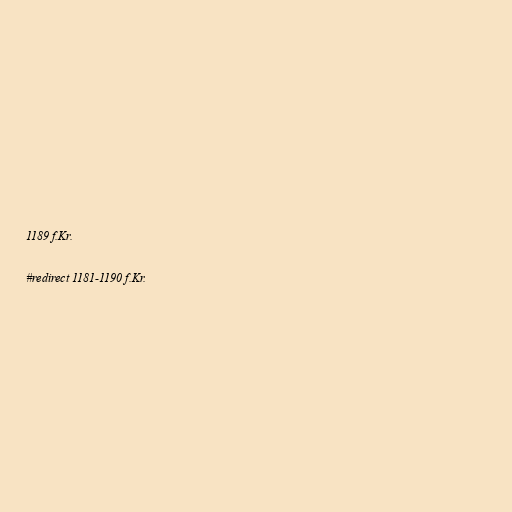
1189 f.Kr.

#redirect 1181-1190 f.Kr.